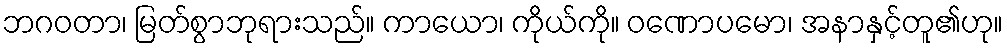
ဘဂဝတာ၊ မြတ်စွာဘုရားသည်။ ကာယော၊ ကိုယ်ကို။ ဝဏောပမော၊ အနာနှင့်တူ၏ဟု။